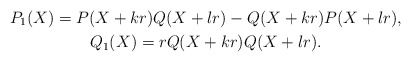
\begin{gather*}P_1(X)=P(X+kr)Q(X+lr)-Q(X+kr)P(X+lr),\\Q_1(X)=rQ(X+kr)Q(X+lr).\end{gather*}